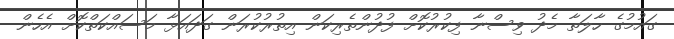
ގައުމުގެ ހާލަތާ މެދު ވިސްނާ ފިކުރުކޮށް ފުދުންތެރިކަން އިތުރުކުރަން ގަދައަޅާ މަސައްކަތްކޮށް އެހެން